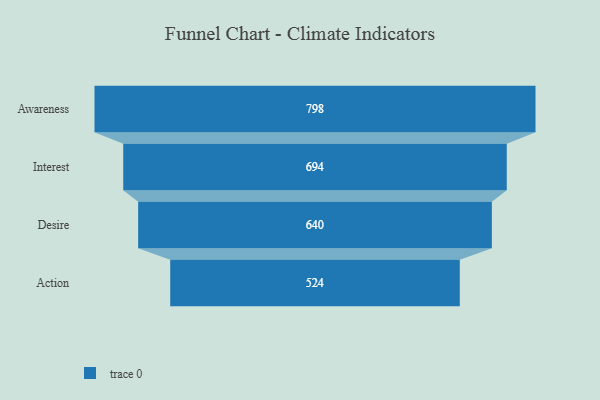
{"axis": {"x": "Stage", "y": "Value"}, "legend": [""], "data": [{"x": "Awareness", "y": 798.0, "type": ""}, {"x": "Interest", "y": 694.0, "type": ""}, {"x": "Desire", "y": 640.0, "type": ""}, {"x": "Action", "y": 524.0, "type": ""}]}